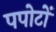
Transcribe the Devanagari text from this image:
पपोटों